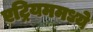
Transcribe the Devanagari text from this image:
एट्रियममध्ये